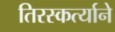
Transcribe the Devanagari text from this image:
तिरस्कर्त्याने